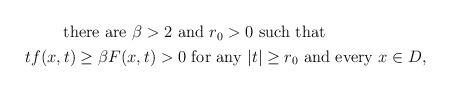
LaTeX: \begin{align*}\begin{aligned}& \qquad\,\,\mbox{there are}\,\, \beta>2\,\, \mbox{and}\,\, r_0>0\,\, \mbox{such that}\\& tf(x,t)\geq \beta F(x,t)>0\,\, \mbox{for any}\,\, |t|\geq r_0\,\,\mbox{and every}\,\, x\in D,\end{aligned}\end{align*}